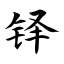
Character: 铎